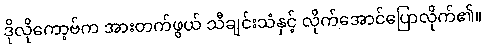
ဒိုလိုကော့ဗ်က အားတက်ဖွယ် သီချင်းသံနှင့် လိုက်အောင်ပြောလိုက်၏။